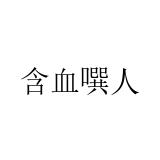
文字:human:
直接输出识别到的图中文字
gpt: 含血噀人